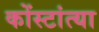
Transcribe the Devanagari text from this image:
कोंस्टांत्या